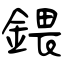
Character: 鍡